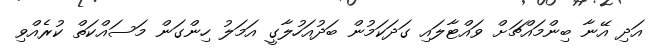
އަދި އޭނާ ބިންމައްޗަށް ވައްޓާލައި ގަދަކަމުން ބަދުއަހުލާގީ އަމަލު ހިންގަން މަސައްކަތް ކުރެއްވި